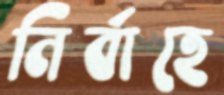
নির্বাহে